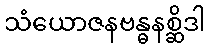
သံယောဇနဗန္ဓနစ္ဆိဒါ